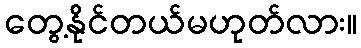
တွေ့နိုင်တယ်မဟုတ်လား။